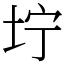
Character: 坾